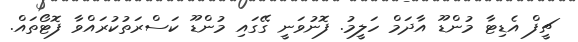
ޗީފް އެޑިޓާ މުންޑޫ އާދަމް ހަލީމު. ފޮނުވަނީ ގޭގައި މުންޑޫ ކަސްރަތުކުރައްވާ ފޮޓޯތައް.